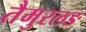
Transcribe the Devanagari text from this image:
तैमुरलङ